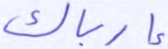
إرباك